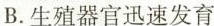
B.生殖器官迅速发育